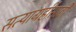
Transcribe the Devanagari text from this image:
सत्याग्रहींसाठी